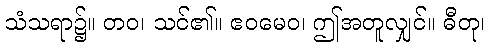
သံသရာ၌။ တဝ၊ သင်၏။ ဧဝမေဝ၊ ဤအတူလျှင်။ ဓီတု၊